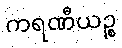
ကရဏီယဉ္စ